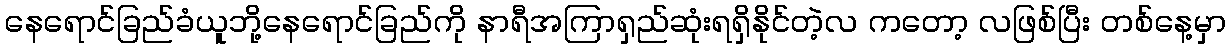
နေရောင်ခြည်ခံယူဘို့နေရောင်ခြည်ကို နာရီအကြာရှည်ဆုံးရရှိနိုင်တဲ့လ ကတော့ လဖြစ်ပြီး တစ်နေ့မှာ